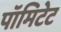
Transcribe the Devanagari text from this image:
पॉमिटेट